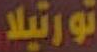
تورتيلا